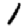
Digit: 1